Vital statistics of India. Vol. IV, Annual returns from 1871 to 1876. British Army of India, Native Army and jails of Bengal
Year: 1871
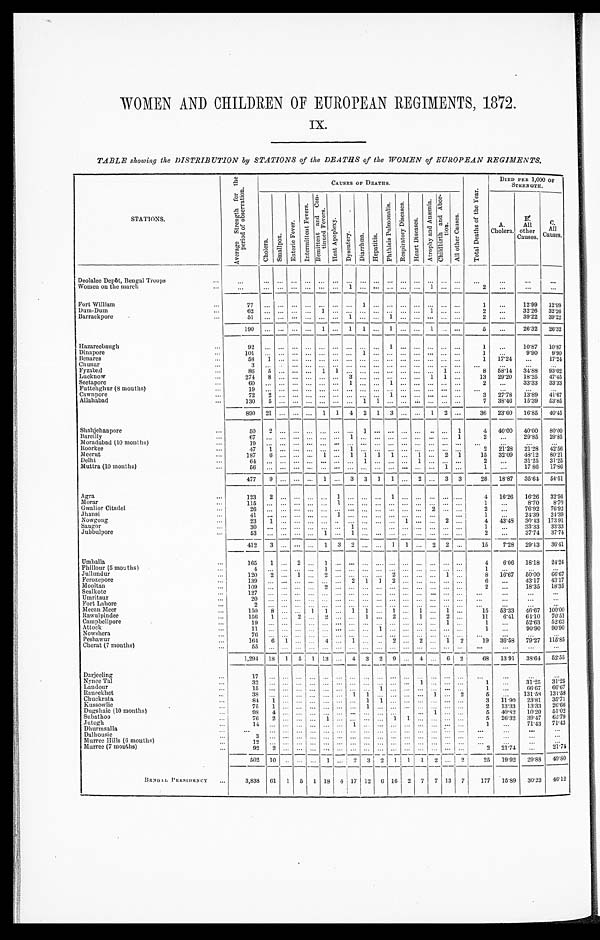
WOMEN AND CHILDREN OF EUROPEAN REGIMENTS, 1872.
IX.
TABLE showing the DISTRIBUTION by STATIONS of the DEATHS of the WOMEN of EUROPEAN REGIMENTS.
S T A T I O N S .
A v e r a g e S t r e n g t h f o r t h e p e r i o d o f o b s e r v a t i o n .
C A U S E S O F D E A T H S
T o t a l D e a t h s o f t h e Y e a r .
DIED PER 1,000 OF
STRENGTH.
C h o l e r a .
S m a l l p o x .
E n t e r i c F e v e r .
I n t e r m i t t e n t F e v e r s .
R e m i t t e n t a n d C o n -
t i n u e d F e v e r s .
H e a t A p o p l e x y .
D y s e n t e r y .
D i a r r h œ a .
H e p a t i t i s .
P h t h i s i s P u l m o n a l i s . R e s p i r a t o r y D i s e a s e s .
H e a r t D i s e a s e s .
A t r o p h y a n d A n æ m i a .
C h i l d b i r t h a n d A b o r -
t i on.
A l l o t h e r C a u s e s .
A.
Cholera.,
B .
Al l ot her
Causes. C.
A l l
C a u s e s .
Deolalee Depôt, Bengal Troops
...
. . . . . .
. . . . . . . . .
. . . . . .
. . .
. . . . . . . . . . . . . . . . . . . . .
. . .
. . .
. . .
. . .
Women on the march
. . . . . . ...
. . . . . . . . .
. . . 1
. . . . . . . . . . . . . . . 1
. . . . . .
2
. . . ...
...
Fort William
77
. . . . . .
. . . . . . . . .
. . . . . .
1
. . . . . . . . . . . . ... ... ...
1
. . . 12.99 12.99
Dum-Dum
62 ... ...
. . . . . . 1
. . . . . .
. . . . . . . . . . . . . . . 1
. . . . . .
2
. . . 32.26 32.26
Barrackpore
51 ...
. . .
. . . . . . ... ... 1
. . . . . .
1
. . . . . . ... ... ...
2
. . . 39.22 39.22
1 9 0 . . . . . .
. . . . . . 1
. . . 1
1
. . . 1
. . . . . .
1
. . . . . .
5
...
26.32 26.32
Hazareebaugh
92
. . . . . .
. . . . . . ... ... ... ... ... 1 ...
. . . ... ... ...
1
. . . 10.87 10.87
••• D i n a p o r e
1 0 1 . . . . . . ... ...
. . .
. . . . . .
1
. . . ... ... ... ... ... ...
1
...
9.90
9.90
Benares
58
1 ... ... ...
. . . ... ... ... ... ...
. . .
. . . . . . . . . ...
1 17.24
...
17.24
Chunar
3 ...
... ... ... ... ... ... ... ... ... ...
. . . ... ...
...
...
...
...
Fyzabad
8 6
5 . . . . . . . . . 1
1 . . .
. . . ... ... ... ...
. . . 1 . . .
8 58.14 34.88 93.02
Lucknow
2 7 4
8 . . . . . . . . . . . .
. . . 3
. . . . . . . . . . . . . . . 1 1 ...
13 29.20 18.25
47.45
Seetapore
6 0
. . . . . . . . . . . . . . .
. . . 1
. . . ...
1
. . . . . . . . . . . . . . .
2
. . . 33.33 33.33
Futtehghur (8 months)
1 9
. . . . . . . . . . . . ...
. . . ... ... ...
. . . ... ... ... ... ...
...
...
...
...
Cawnpore
72
2
. . . . . . . . . . . .
. . . . . .
. . . . . . 1 ... ... ... ... ...
3 27.78 13.89
41.67
Allahabad
1 3 0
5 . . . . . . . . . . . .
. . . . . .
1
1
. . . . . . . . . . . . ...
. . .
7 38.46 15.39 53.85
890 21 ... ... ... 1 1 4 2
1
3 . . . ... 1 2 ...
36 23.60 16.85 40.45
Shahjehanpore
50
2
. . . . . . . . . . . .
. . . . . . 1
. . . . . . . . . . . . . . . . . . 1
4 40.00 40.00 80.00
Bareilly
6 7
. . . . . . . . . . . . . . .
. . . 1
. . . . . . . . . . . . . . . . . . . . . 1
2
. . . 29.85 29.85
Moradabad (10 months)
19
... ... ... ... ... ... ... ... ... ... ... ... ... ...
...
...
...
...
••• R o o r k e e
4 7
1 . . . . . . . . . . . .
. . . 1
. . . . . . ... ... ... ... ... ...
2 21.28 21.28 42.56
Meerut
187
6
. . . . . . . . . 1 ... 1
1
1 1 ... 1 ... 2 1
15 32.09 48.12 80.21
Delhi
64 ...
. . . ... ... ... ... ...
1
. . . . . . . . . 1
. . . . . . . . .
2
...
31.25 31.25
Muttra (10 months)
5 6
. . . . . . . . . . . . . . .
. . . . . .
. . . . . . . . . . . . . . . . . . 1 . . .
1
...
17 86 17.86
477
9 ... ... ... 1 ... 3 3 1 1 ... 2 ... 3 3
26 18.87 35.64 54.51
Agra
1 2 3
2 . . . . . . . . . . . .
1 . . .
. . . . . . 1
. . . . . . . . . . . . . . .
4 16.26 16.26 32.56
Morar
1 1 5
. . . . . . . . . . . . . . .
1 . . .
. . . . . . . . . . . . . . . . . . . . . . . .
1
...
8.70 8.70
Gwalior Citadel
2 6
. . . . . . . . . ... ... ... ... ... ... ... ... ...
2
. . . . . .
2
. . .
76.92 76.92
J h a n s i
4 1
. . . . . . . . . ... ...
1 . . .
. . . . . . . . . . . . . . . . . .
. . .
1
. . .
24.39 24.39
Nowgong
2 3
1 . . . . . . . . . . . .
. . . . . . ... ...
. . . 1 . . . . . . 2 . . .
4 43.48 30.43 173 91
Saugor
30 ...
. . . . . . . . . . . .
. . . 1 ...
. . . . . . . . . . . . . . . . . .
1
. . . 33.33 33.33
Jubbulpore
5 3
. . . . . . . . . . . . 1 . . .
1
. . . ... ... .. ... ... ... ...
2
. . . 37.74 37.74
412
3 ... ... ... 1 3
2
. . . . . . 1 1 ... 2
2 . . .
15
7.28 29.13 36.41
Umballa
1 6 5 1 . . . 2 . . . 1 . . .
. . .
. . . . . . . . . . . . . . . . . . . . . . . .
4
6.06 18.18 24.24
Phillour (5 months)
4
. . . . . . . . . . . . 1 . . .
. . .
. . . . . . . . . . . . . . . ... ... ...
1
. . .
...
...
Jullundur
120
2
. . . 1 ... 2 . . .
. . .
. . . ...
2
. . . . . . . . . 1 . . .
8 16.67 50.00 66.67
Ferozepore
139 ... ... . . . . . . . . . . . .
2
1 1
2
. . . . . . ... ... ...
6
. . . 43.17 43.17
Mool t an
109
. . . . . . . . . . . . 2 . . .
. . .
. . . . . . . . . . . . . . . . . . . . . . . .
2
. . . 18.35 18.35
Sealkote
127
. . .
. . . . . . . . . . . . . . .
. . . ... ...
. . . ... ... ...
. . . . . .
. . .
...
...
...
Umritsur
20 ...
. . . . . . . . . . . .
. . . . . .
. . . . . . . . . . . . . . . . . . . . . . . .
. . .
...
...
...
Fort Lahore
2 . . . . . . . . . . . . . . .
. . . . . .
. . . ...
. . . . . . . . . ... ... ...
. . .
...
...
...
Meean Meer
150
8 ... ... 1 1
... 1 1
...
1
. . . 1
. . . 1 . . .
15 53.33 46.67 100.00
Rawulpindee
156
1 ... 2 . . . 2
. . . . . .
1
. . . 2
. . . 1
. . . 2 . . .
11
6 . 4 1
64.10 70.51
Camphellpore
1 9
. . . . . . . . . . . . . . .
. . . . . . ... . . .
. . . . . . ... . . .
1 . . .
1
...
52.63 52.63
Attock
1 1
. . . . . . . . . . . .
...
. . .
. . .
...
1 ...
... ... ... ... ...
1
...
90.90 90.90
Nowshere7 6
. . . . . . . . . . . . . . . . . .
. . .
...
. . . . . . . . . . . . . . . . . . . . .
. . .
. . .
. . .
. . .
Peshawur
164 6 1 ... . . .
4
... 1 ... . . . 2
. . . 2 ... 1 2
1 9 36.58 79.27 115.85
Cherat (7 months)
55 ...
. . . . . . . . . . . .
. . . . . .
. . . . . . . . . . . . . . . . . . . . . . . . . . .
. . .
. . .
. . .
1,294 18 1 5 1 1 13 ... 4 3 2
9
. . . 4 ... 6 2
68 13.91 38.64 52.55
Darjeeling
1 7
. . . . . . . . .
...
. . .
. . . . . .
. . .
... ... ...
. . . ... ... ...
...
...
...
...
Nynee Tal
32 ... . . . . . .
... ...
. . . . . .
...
. . . ...
. . . 1
. . . . . . ...
1
...
31.25 31.25
Landour
1 5
. . . . . . . . .
...
. . .
. . . . . .
. . . 1 ... ... ... . . . . . . . . .
1
. . . 66.67
6 6 . 6 7
Ra ne e khe t
38
. . . . . . . . .
...
. . .
. . . 1
1
. . . . . . . . . ... 1 ... 2
5
...
131.58 131.58
Chackrata
84
1 ... ...
. . .
. . . . . .
1 1 ...
... ... ... ... ...
3 11.90 23.81 35.71
Kussowlie
7 5
1 . . . . . . . . . . . .
. . . . . .
1 ...
. . . . . . . . . . . . . . . . . .
. . .2 13.33 13.33 26.66
Dugshaie (10 months)
98
4 ... . . . . . . . . .
. . . . . .
. . .
...
...
. . . 1
. . . . . .
5
40.82 10.20 51.02
Subathoo
7 6 2 . . . . . . . . . 1
. . . . . .
. . .
...
1
1 . . . . . . . . . . . .
5
26.32 39.47 65.79
J u t o g h
1 4
. . . . . . . . . . . . . . .
. . . 1
. . .
...
. . . . . . . . . . . . . . . . . .
1
. . .
71.43 71.43
Dhurmsalla
. . .
... . . . . . .
... ... ...
. . .
... ...
... ... ... ... . . . ...
...
...
...
. . .
Dalhousie
3
. . . . . . . . .
...
. . .
. . . . . .
. . .
... ...
. . . . . . . . . . . . . . .
. . .
. . . ...
. . .
Murree Hills (6 months)
12
. . . . . . . . .
...
. . .
. . . . . .
... ...
. . . . . . . . . . . .
...
. . .
. . .
. . .
. . .
. . .
Murree (7 months)
9 2
2 . . . . . . . . . . . .
. . . . . .
... ... ...
. . . . . . . . .
...
. . .
2
2 1 . 7 4
...
21.74
502 10 . . .
. . .
. . .
1
. . . 2 3 2 1
1 1 2
. . . 2
2 5
19.92 29.88 49.80
B E N G A L P R E S I D E N C Y
3,838 61 1 5 1 18 4
1 7
12
6
16
2
2 7 7 13 7
177 15.89 30.23 46.12